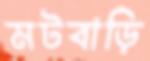
মটবাড়ি